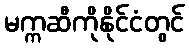
မက္ကဆီကိုနိုင်ငံတွင်